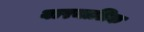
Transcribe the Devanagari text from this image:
बारमालिक